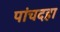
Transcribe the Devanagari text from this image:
पांचदहा